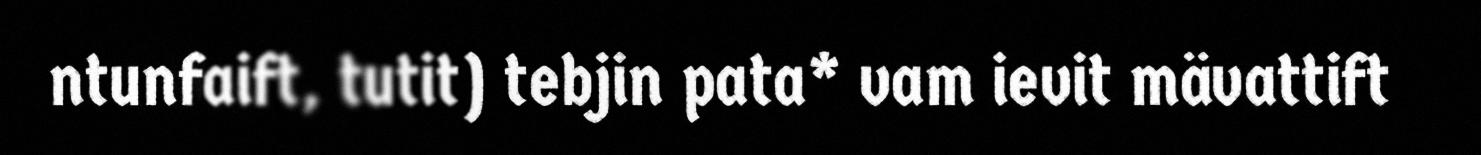
ntunfaift, tutit) tebjin pata* vam ievit mävattift